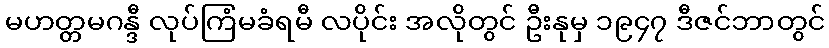
မဟတ္တမဂန္ဒီ လုပ်ကြံမခံရမီ လပိုင်း အလိုတွင် ဦးနုမှ ၁၉၄၇ ဒီဇင်ဘာတွင်